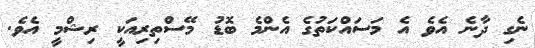
ނެގި ދާނެ އެވެ އެ މަސައްކަތުގެ އެންމެ ބޮޑު މޭސްތިރިއަކީ ރިޝްމީ އެވެ.